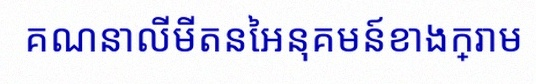
គណនាលីមីតនៃអនុគមន៍ខាងក្រោម